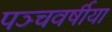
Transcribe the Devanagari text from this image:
पञ्चवर्षीया